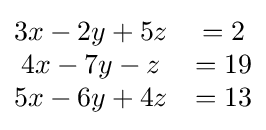
{\begin{matrix}3x-2y+5z&=2\\4x-7y-z&=19\\5x-6y+4z&=13\end{matrix}}